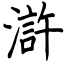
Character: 滸